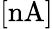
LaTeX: [\mathrm{nA}]